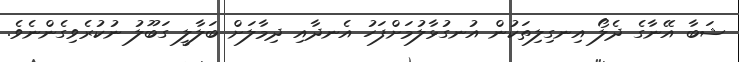
ޝަބާ އޭނާގެ ދެލޯ އިނގިލިތަކުން އުނގުޅާލުމަށްފަހު އެނދާއި ދިމާލަށް ބަލާލީ ގަބޫލު ނުކުރެވިގެންނެވެ.